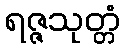
ရဇ္ဇသုတ္တံ